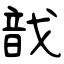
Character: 戠